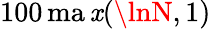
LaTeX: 100\operatorname*{ma\mathit{x}}(\lnN,1)